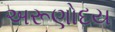
અરૂણોદય